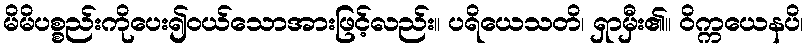
မိမိပစ္စည်းကိုပေး၍ဝယ်သောအားဖြင့်လည်း။ ပရိယေသတိ၊ ရှာမှီး၏။ ဝိက္ကယေနပိ၊